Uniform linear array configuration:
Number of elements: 64
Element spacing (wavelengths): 1
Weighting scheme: hann
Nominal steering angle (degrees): -45
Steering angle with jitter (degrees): -44.661
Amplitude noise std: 0.05
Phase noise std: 0.05

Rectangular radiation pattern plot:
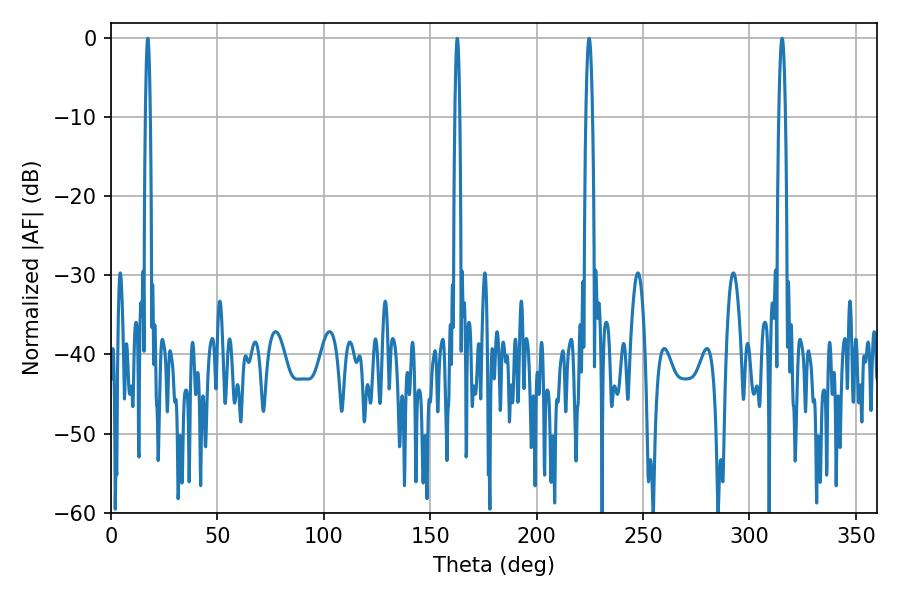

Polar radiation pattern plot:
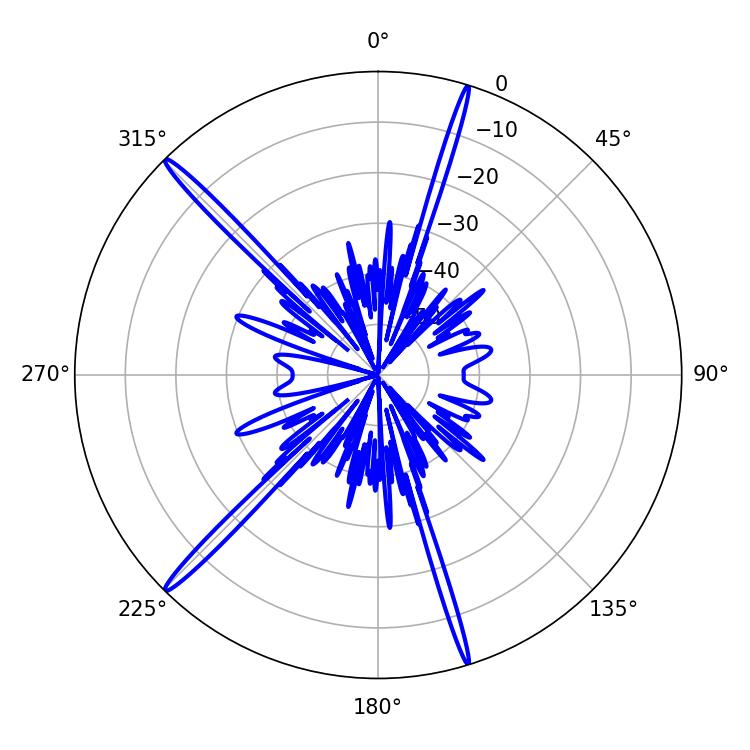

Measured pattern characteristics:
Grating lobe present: TRUE
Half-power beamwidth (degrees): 1.08
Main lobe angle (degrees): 17.28